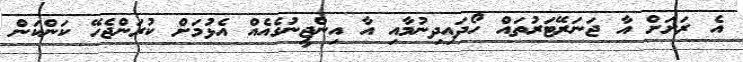
އެ ރަށަށް އާ ޖަނަރޭޓަރުތައް ހޯދައިދިނުމާއި އާ އިންޖީނުގެއެއް އެޅުމަށް ކުރަންޖެހޭ ކަންކަން